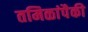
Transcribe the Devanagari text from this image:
तमिळांपैकी